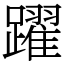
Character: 躍